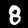
Digit: 8